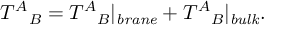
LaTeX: T ^ { A } { } _ { B } = T ^ { A } { } _ { B } | _ { \mathit { b r a n e } } + T ^ { A } { } _ { B } | _ { \mathit { b u l k } } .